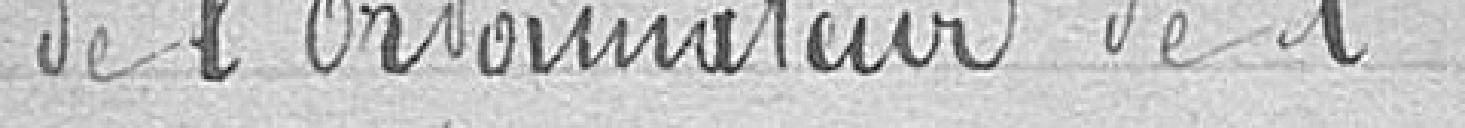
de l'ordonnateur de l'